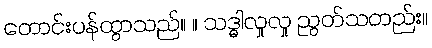
တောင်းပန်ထွာသည်။ ။ သဒ္ဓါလှုလှု ညွတ်သတည်း။